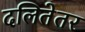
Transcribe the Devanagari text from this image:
दलितेतर